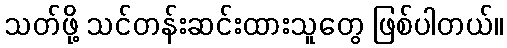
သတ်ဖို့ သင်တန်းဆင်းထားသူတွေ ဖြစ်ပါတယ်။